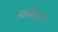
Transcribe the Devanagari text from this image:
स्वस्तिवचन